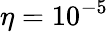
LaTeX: \eta=10^{-5}